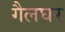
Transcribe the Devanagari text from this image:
गैलघर